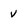
Character: v